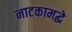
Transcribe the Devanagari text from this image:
नाटकामद्धे